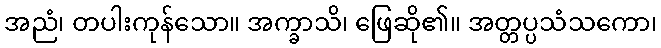
အညံ၊ တပါးကုန်သော။ အက္ခာသိ၊ ဖြေဆို၏။ အတ္တပ္ပသံသကော၊